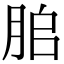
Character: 䏨